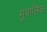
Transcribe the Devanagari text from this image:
मुबालिक